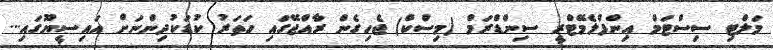
މަލްޓި ސިސްޓަމް އިންފްލެމޭޓްރީ ސިންޑްރަމް (މިސްކް) ޖެހިގެން ރާއްޖޭގައި ހަތަރު ކުޑަކުދިންނަށް އައިސީޔޫގައި...